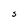
Character: S